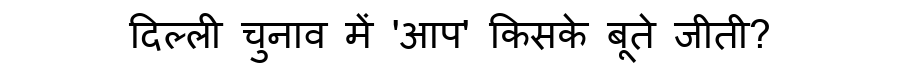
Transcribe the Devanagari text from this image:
दिल्ली चुनाव में 'आप' किसके बूते जीती?